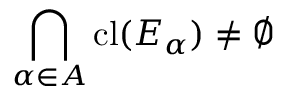
\bigcap _ { \alpha \in A } \operatorname { c l } ( E _ { \alpha } ) \neq \varnothing